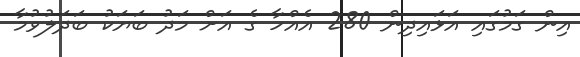
އިން ގަމުގައި އަޅައިދިން 280 އެއްހާ ގެ އަށް މަދު ބަޔަކު ބަދަލުވުމާ